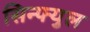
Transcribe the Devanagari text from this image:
सिन्फ्युल